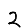
Digit: 2